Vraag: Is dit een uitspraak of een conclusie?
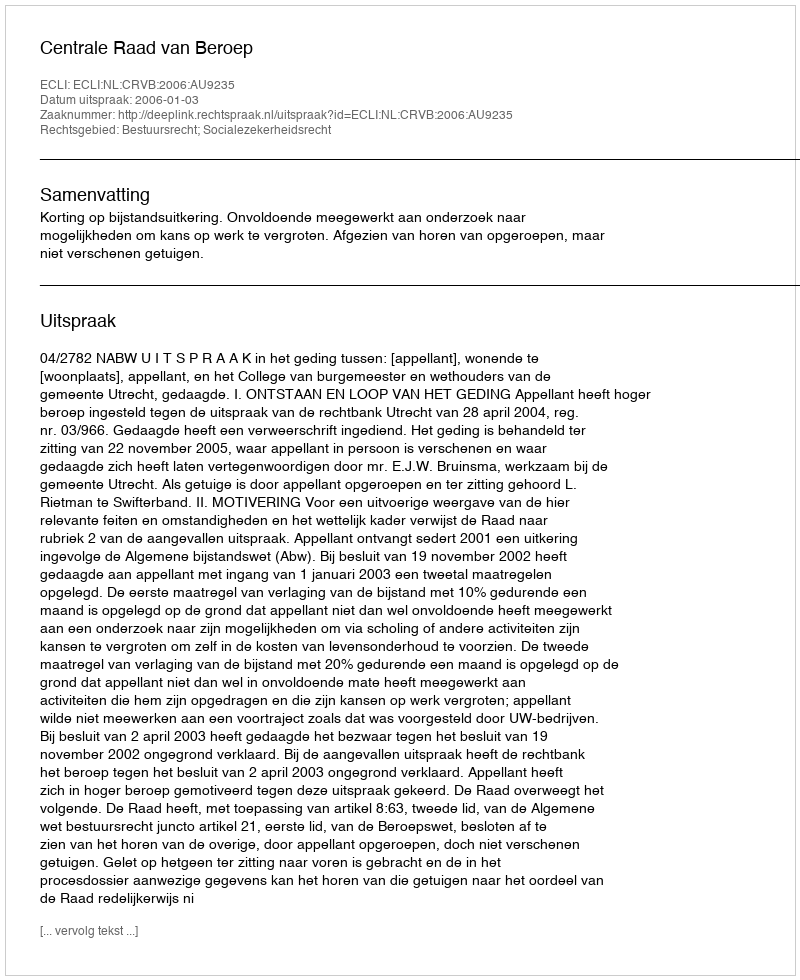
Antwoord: Uitspraak